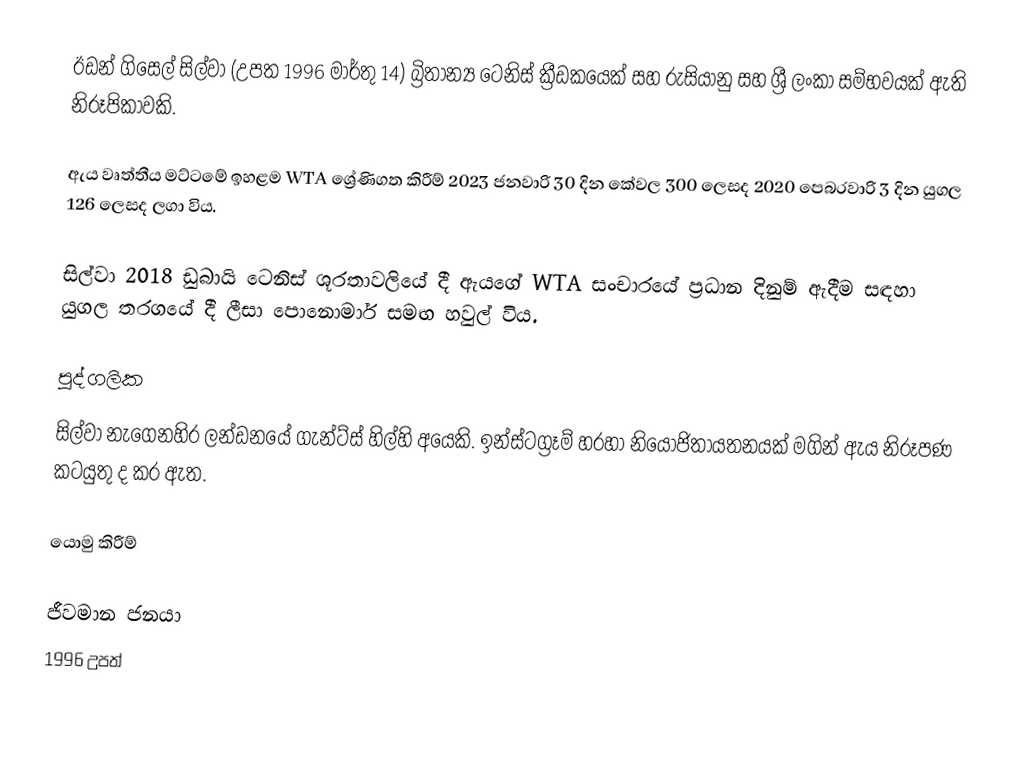
ඊඩන් ගිසෙල් සිල්වා (උපත 1996 මාර්තු 14) බ්‍රිතාන්‍ය ටෙනිස් ක්‍රීඩකයෙක් සහ රුසියානු සහ ශ්‍රී ලංකා සම්භවයක් ඇති නිරූපිකාවකි.

ඇය වෘත්තීය මට්ටමේ ඉහළම WTA ශ්‍රේණිගත කිරීම් 2023 ජනවාරි 30 දින කේවල 300 ලෙසද 2020 පෙබරවාරි 3 දින යුගල 126 ලෙසද ලගා විය.

සිල්වා 2018 ඩුබායි ටෙනිස් ශූරතාවලියේ දී ඇයගේ WTA සංචාරයේ ප්‍රධාන දිනුම් ඇදීම සඳහා යුගල තරගයේ දී ලීසා පොනොමාර් සමඟ හවුල් විය.

පුද්ගලික
සිල්වා නැගෙනහිර ලන්ඩනයේ ගැන්ට්ස් හිල්හි අයෙකි. ඉන්ස්ටග්‍රෑම් හරහා නියෝජිතායතනයක් මගින් ඇය නිරූපණ කටයුතු ද කර ඇත.

යොමු කිරීම්

ජීවමාන ජනයා
1996 උපත්